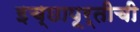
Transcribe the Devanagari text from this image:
इच्छापूर्तीची